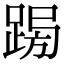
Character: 𨁳